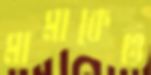
মামাকেও